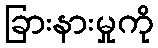
ခြားနားမှုကို